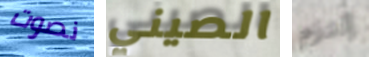
نصوت الصيني إلتزم